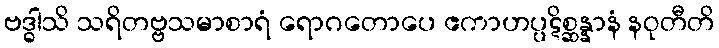
ဗဒ္ဓါသိ သရိတဗ္ဗသမာစာရံ ရောဂတောပေ ဧကာဟပ္ပဋိစ္ဆန္နာနံ နဝုတီတိ